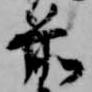
前